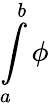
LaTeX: \int\limits_{a}^{b}\phi